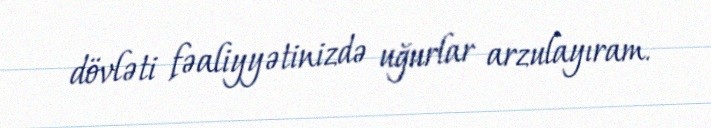
dövləti fəaliyyətinizdə uğurlar arzulayıram.